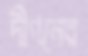
দীপনের